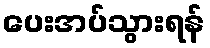
ပေးအပ်သွားရန်